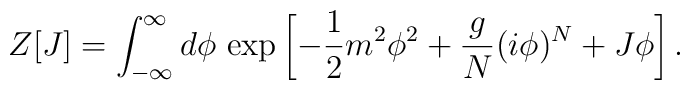
Z[J]=\int_{-\infty}^{\infty} d\phi\,\exp\left[-{1\over2}m^2\phi^2+{g\over N}(i\phi)^N+J\phi\right].